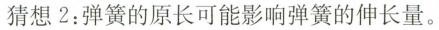
猜想2：弹簧的原长可能影响弹簧的伸长量。